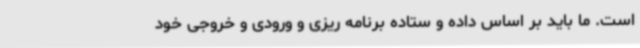
است. ما باید بر اساس داده و ستاده برنامه ریزی و ورودی و خروجی خود